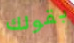
بقولك